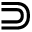
\Supset